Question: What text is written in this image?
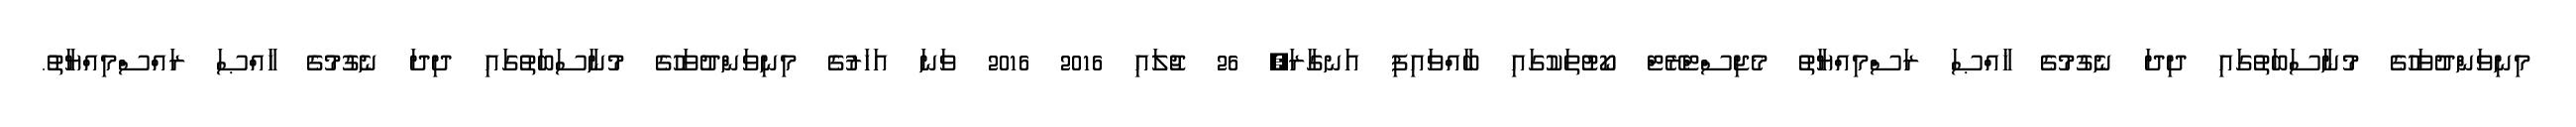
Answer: މިނިވަންދުވަހުގެ މުނާސަބަތުގައި ދިދަ ނެގުމުގެ ޚާއްޞަ ރަސްމިއްޔާތު މެޖިސްޓްރޭޓް ކޯޓުތަކުގައި ބާއްވައިފި އަނގާރަ, 26 ޖުލައި 2016 2016 ވަނަ އަހަރުގެ މިނިވަންދުވަހުގެ މުނާސަބަތުގައި ދިދަ ނެގުމުގެ ޚާއްޞަ ރައްސްމިއްޔާތު.